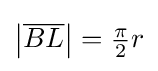
\left|{\overline {BL}}\right|={\tfrac {\pi }{2}}r